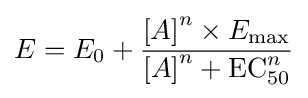
E=E_{0}+{\frac {{[A]}^{n}\times {E_{\mathrm {max} }}}{{[A]}^{n}+\mathrm {EC} _{50}^{n}}}